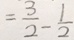
= \frac { 3 } { 2 } - \frac { 1 } { 2 }